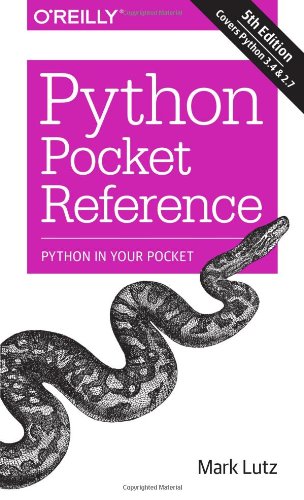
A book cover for Python Pocket Reference (Pocket Reference (O'Reilly)); Mark Lutz; Computers & Technology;